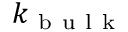
k _ { \mathrm { ~ b ~ u ~ l ~ k ~ } }